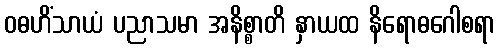
ဝဓဟိံသာယံ ပညာသမာ အနိစ္စာတိ နှာယထ နိရောဓဂေါစရာ